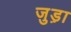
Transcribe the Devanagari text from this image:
जुड़़ा